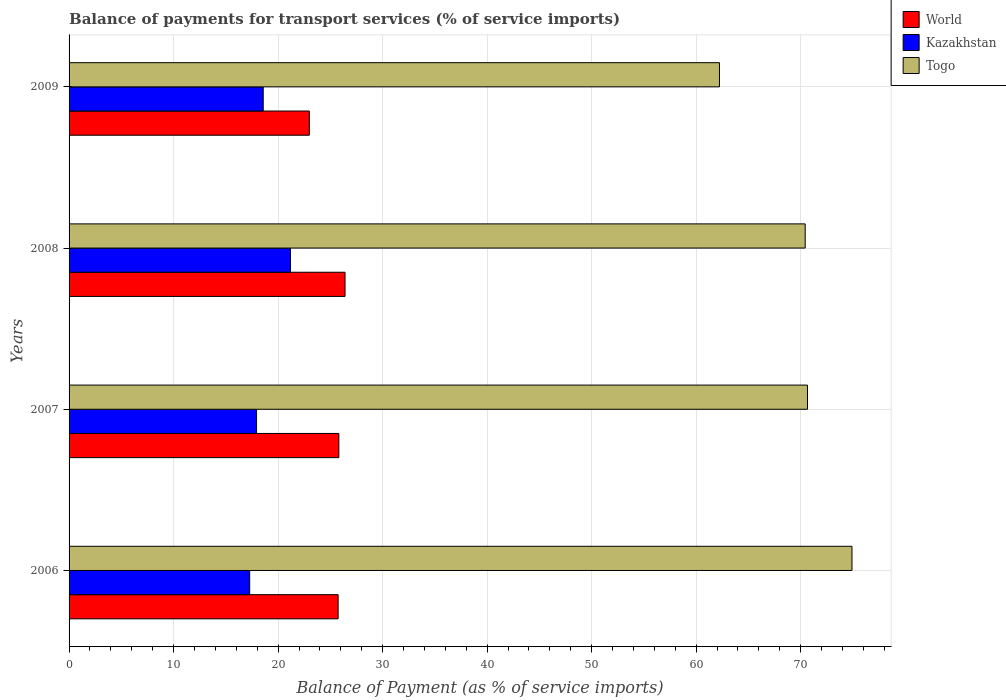
| Years | World | Kazakhstan | Togo |
 | --- | --- | --- | --- |
 | 2006 | 25.7 | 17.3 | 74.9 |
 | 2007 | 25.8 | 17.9 | 70.7 |
 | 2008 | 26.4 | 21.2 | 70.4 |
 | 2009 | 23 | 18.6 | 62.2 |